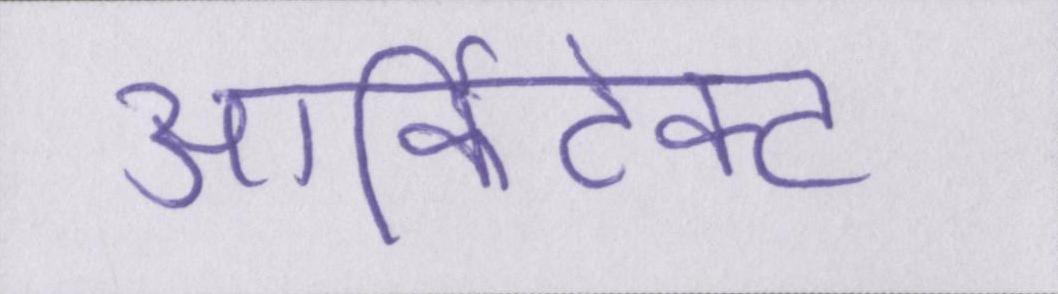
आर्किटेक्ट